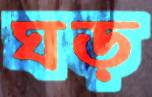
ঘড়